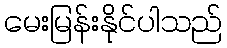
မေးမြန်းနိုင်ပါသည်